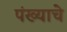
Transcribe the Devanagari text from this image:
पंख्याचे